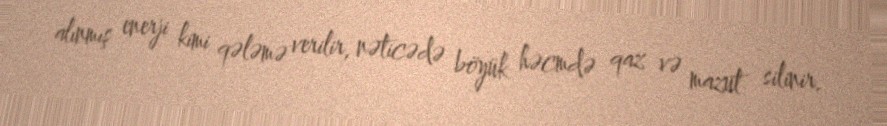
alınmış enerji kimi qələmə verilir, nəticədə böyük həcmdə qaz və mazut silinir.